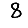
Digit: 8